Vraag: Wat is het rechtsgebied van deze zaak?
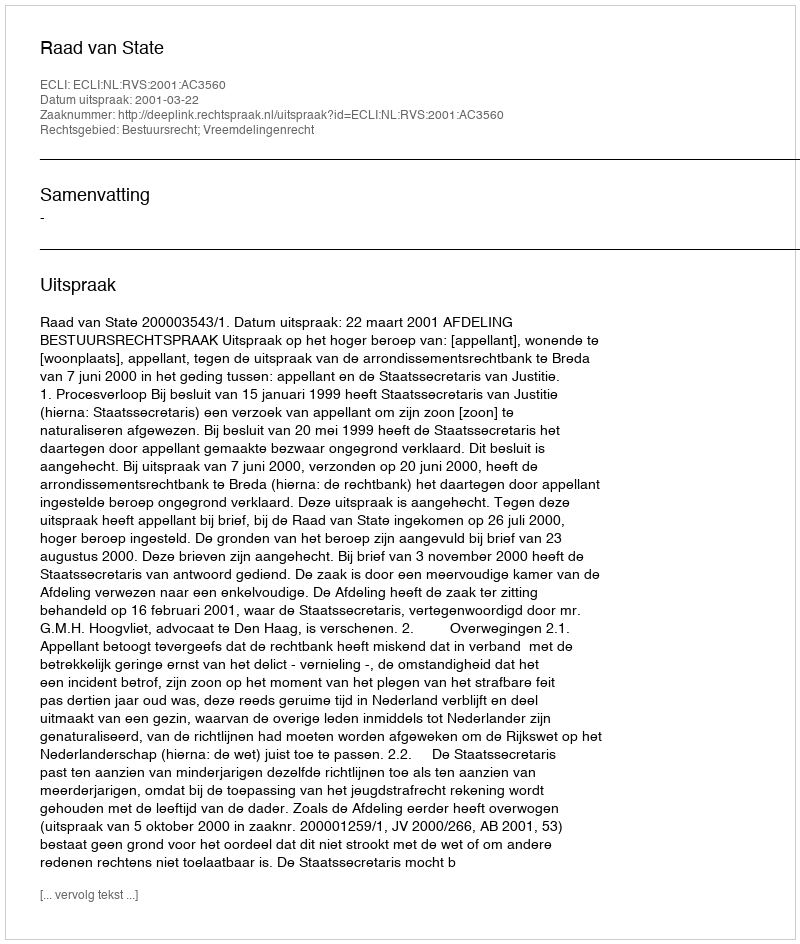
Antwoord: Bestuursrecht; Vreemdelingenrecht